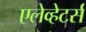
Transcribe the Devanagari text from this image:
एलेव्हेटर्स